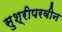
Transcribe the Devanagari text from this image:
सुश्रीपरवीन